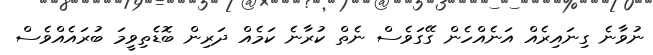
ނުވާނެ ގިނައިރެއް އަނެއްހެން ގޭގަވެސް ނެތް ކުރާނެ ކަމެއް ދަރިން ބޮޑެތިވީމަ ބުރައެއްވެސް